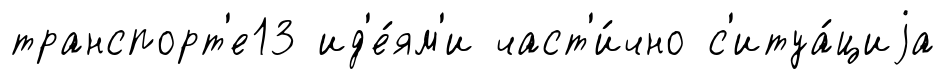
транспорт'е13 ид'е́ям'и част'и́чно с'итуа́циjа